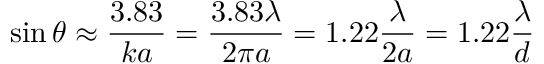
\sin \theta \approx { \frac { 3 . 8 3 } { k a } } = { \frac { 3 . 8 3 \lambda } { 2 \pi a } } = 1 . 2 2 { \frac { \lambda } { 2 a } } = 1 . 2 2 { \frac { \lambda } { d } }